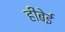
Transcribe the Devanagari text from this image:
हीबेई